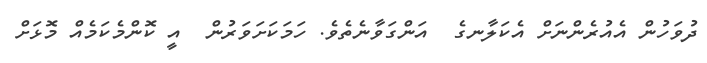
ދުވަހުން އެއުރެންނަށް އެކަލާނގެ  އަންގަވާނެތެވެ. ހަމަކަށަވަރުން  އީ ކޮންމެކަމެއް މޮޅަށް